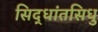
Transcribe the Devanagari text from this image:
सिद्धांतसिधु